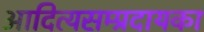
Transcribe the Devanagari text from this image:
आदित्यसम्प्रदायका